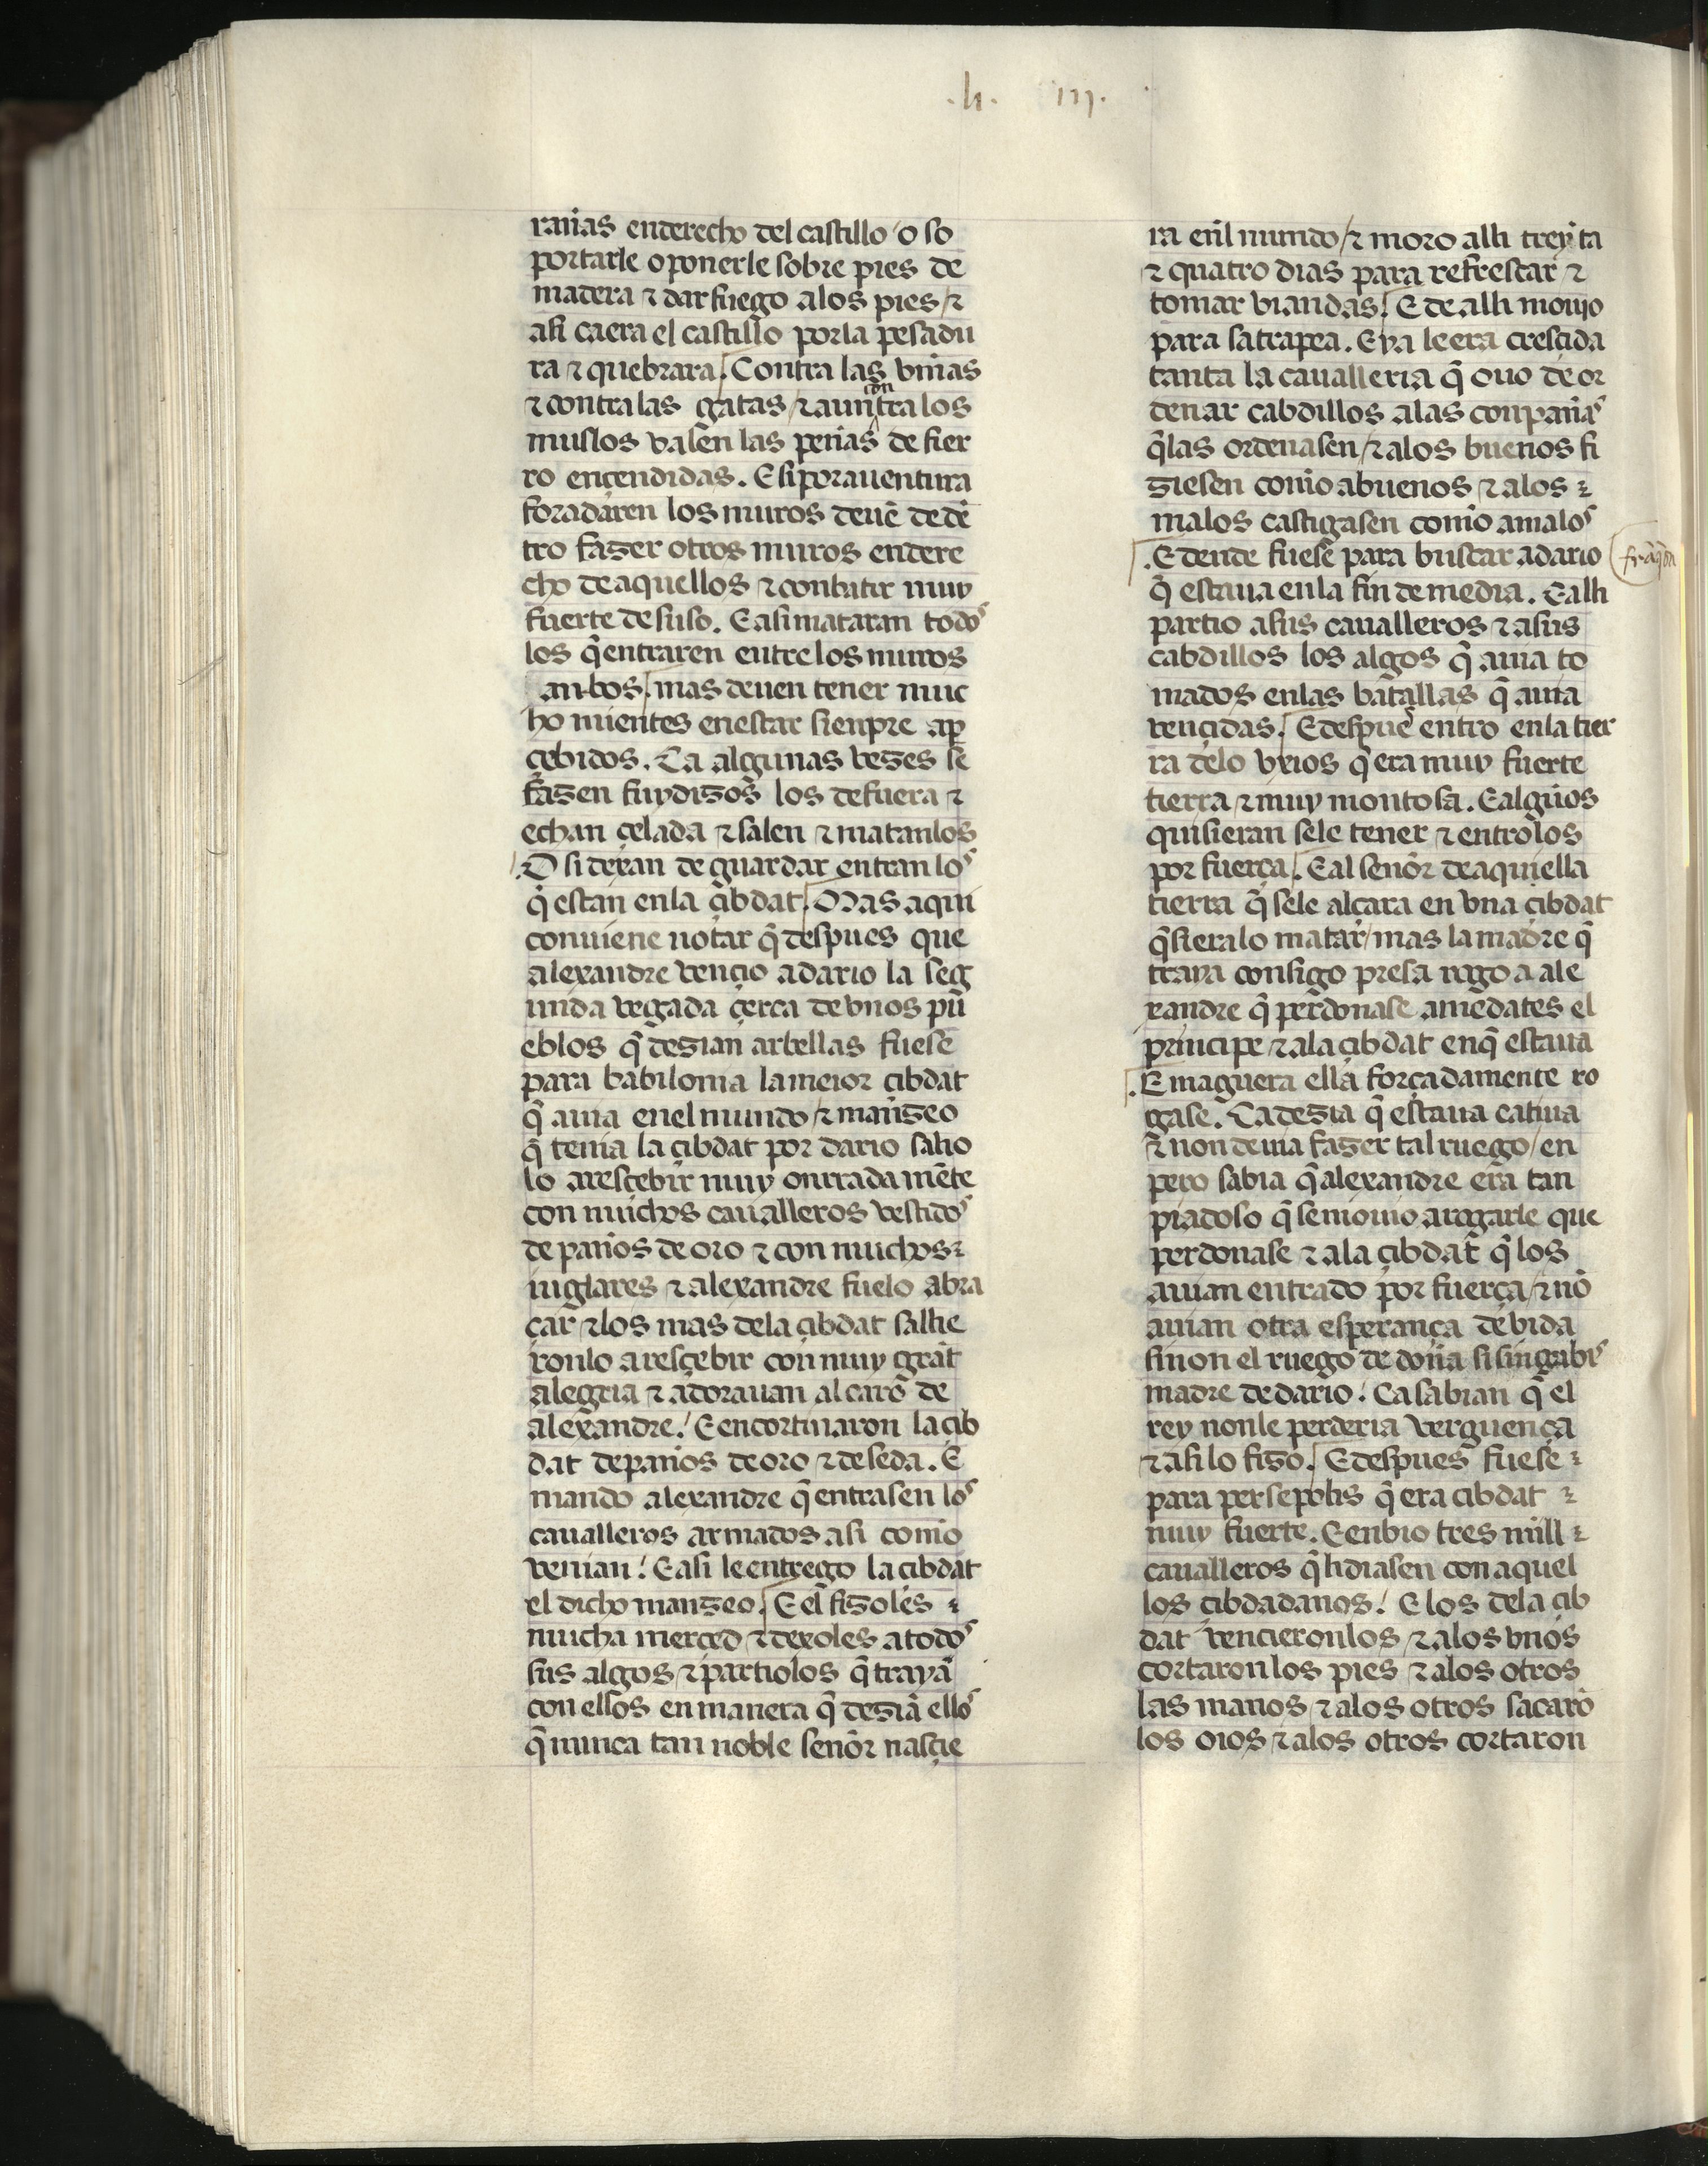
Shelfmark: Madrid, Fundación Lázaro Galdiano, mss 289
Century: 15